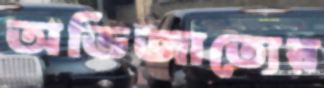
অভিজাত্যের